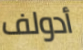
أدولف